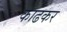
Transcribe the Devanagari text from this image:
काढकर